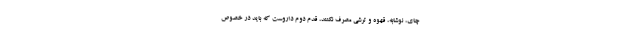
چای، نوشابه، قهوه و ترشی مصرف نکنند، قدم دوم داروست که باید در خصوص